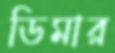
ডিমার